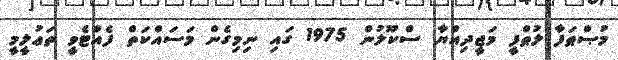
މުޞްޠަފާ ލުޠްފީ މަޖީދިއްޔާ ސްކޫލުން 1975 ގައި ނިމިގެން މަސައްކަތް ފެއްޓެވީ ތަޢުލީމީ